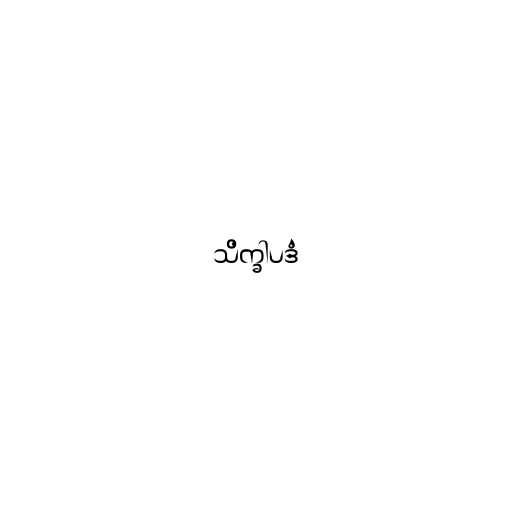
သိက္ခါပဒံ